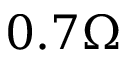
0 . 7 \Omega